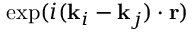
\mathrm { e x p } ( i ( \mathbf { k } _ { i } - \mathbf { k } _ { j } ) \cdot \mathbf { r } )